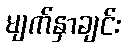
မျက်နှာချင်း